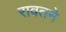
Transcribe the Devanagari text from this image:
रावतने